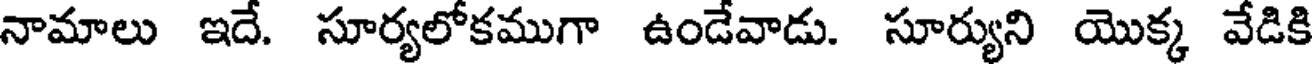
నామాలు ఇదే. సూర్యలోకముగా ఉండేవాడు. సూర్యుని యొక్క వేడికి